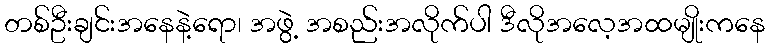
တစ်ဦးချင်းအနေနဲ့ရော၊ အဖွဲ့ အစည်းအလိုက်ပါ ဒီလိုအလေ့အထမျိုးကနေ